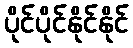
ပိုင်ပိုင်နိုင်နိုင်